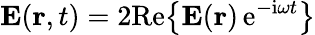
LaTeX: {\mathbf E}({\mathbf r},t)=2\mathrm{Re}\big\{ {\mathbf E}({\mathbf r})\, \mathrm{e}^{-\mathrm{i}\omega t}\big\}